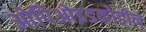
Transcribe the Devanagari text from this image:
ओपिओइडकोडीन